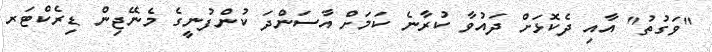
"ވަގުތު" އާއި ދެކޮޅަށް ދައުވާ ކުރާނެ ކަމަށް އާސަންދަ ކުންފުނީގެ މެނޭޖިން ޑިރެކްޓަރ